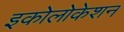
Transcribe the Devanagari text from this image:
इकोलोकेशन